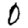
Digit: 0